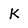
Character: K